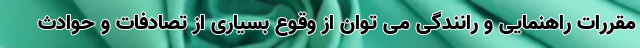
مقررات راهنمایی و رانندگی می توان از وقوع بسیاری از تصادفات و حوادث